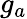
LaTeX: g_{a}